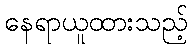
နေရာယူထားသည့်